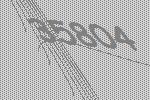
35804